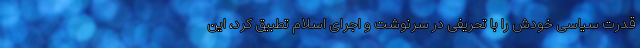
قدرت سیاسی خودش را با تحریفی در سرنوشت و اجرای اسلام تطبیق کرد، این